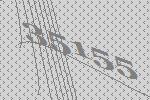
35155